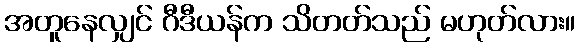
အတူနေလျှင် ဂီဒီယန်က သိတတ်သည် မဟုတ်လား။